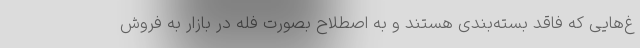
غ‌هایی که فاقد بسته‌بندی هستند و به اصطلاح بصورت فله در بازار به فروش